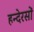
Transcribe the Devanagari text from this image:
हन्देरसों